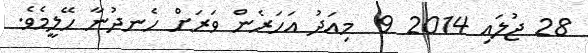
28 ޖުލައި 2014 9  މިއަދު އަހަރެން ވަރަށް ހެނދުނާ ހޭލީމެވެ.